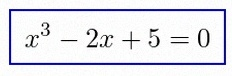
x^3-2x+5=0